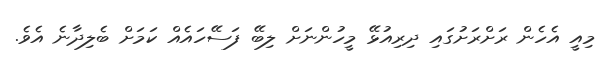
މިއީ އެހެން ރަށްރަށުގައި ދިރިއުޅޭ މީހުންނަށް ލިބޭ ފަސޭހައެއް ކަމަށް ބެލިދާނެ އެވެ.